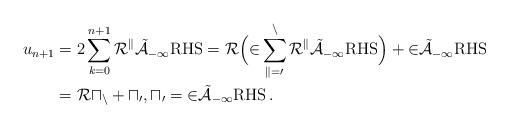
LaTeX: \begin{align*}u_{n+1}&= 2\sum_{k=0}^{n+1} \cal R^k \tilde{\cal A}_{-1} {\rm RHS} = \cal R \Big(2 \sum_{k=0}^{n} \cal R^k\tilde{\cal A}_{-1} {\rm RHS} \Big) + 2\tilde{\cal A}_{-1} {\rm RHS} \\&= \cal R u_{n} +u_{0} , u_{0}=2\tilde{\cal A}_{-1} {\rm RHS} \, . \end{align*}